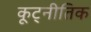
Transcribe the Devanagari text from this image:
कूट्नीतिक